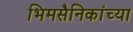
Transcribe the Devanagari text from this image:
भिमसैनिकांच्या